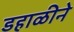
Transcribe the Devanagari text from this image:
डहाळीने